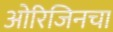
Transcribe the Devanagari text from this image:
ओरिजिनचा